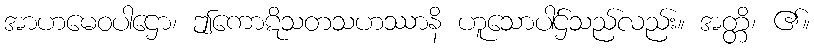
အာဟမေဝပါဌော၊ ဤကောဋိသတသဟဿာနိ ဟူသောပါဌ်သည်လည်း။ အတ္တိ၊ ၏။